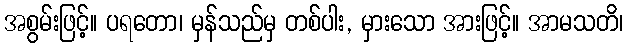
အစွမ်းဖြင့်။ ပရတော၊ မှန်သည်မှ တစ်ပါး, မှားသော အားဖြင့်။ အာမသတိ၊